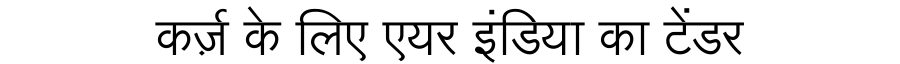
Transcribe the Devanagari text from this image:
कर्ज़ के लिए एयर इंडिया का टेंडर